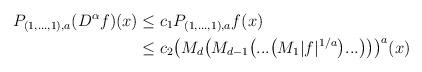
LaTeX: \begin{align*} P_{(1,...,1),a}(D^{\alpha}f)(x) &\leq c_1 P_{(1,...,1),a} f(x)\\ &\leq c_2\big(M_d\big(M_{d-1}\big(...\big(M_1|f|^{1/a}\big)...\big) \big)\big)^{a}(x) \end{align*}